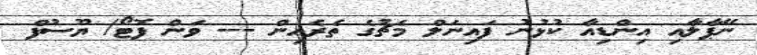
ނޭޕާލާއި އިންޑިއާ ކުޅުނު ފައިނަލް މެޗުގެ ތެރެއިން --- ވަން ފޮޓޯ/ ޔޫސުފް